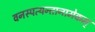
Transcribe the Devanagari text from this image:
वनस्पत्यन्तानामेकम्